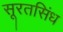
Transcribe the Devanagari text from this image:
सूरतसिंध